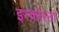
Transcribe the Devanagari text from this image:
इस्कोरना